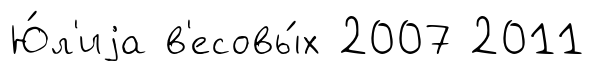
Ю́л'иjа в'есовы́х 2007 2011